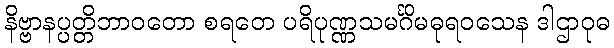
နိဗ္ဗာနပ္ပတ္တိဘာဝတော စရတေ ပရိပုဏ္ဏသမင်္ဂိမဓုရဝသေန ဒါဌာဝုဓ